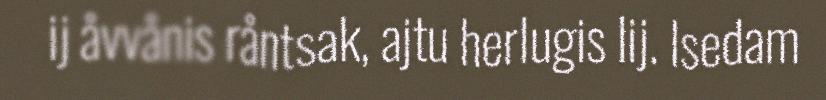
ij åvvånis råntsak, ajtu herlugis lij. Isedam